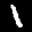
Label: 1